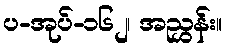
ပ-အုပ်-၁၆၂၊ အညွှန်း။